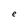
Character: e